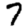
Digit: 7